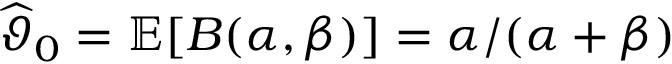
\widehat { \vartheta } _ { 0 } = \mathbb { E } [ B ( \alpha , \beta ) ] = \alpha / ( \alpha + \beta )